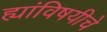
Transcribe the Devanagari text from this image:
ह्यांविषयीचे